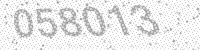
Solution: 058013